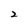
Character: 2